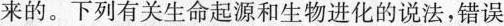
来的。下列有关生命起源和生物进化的说法，错误